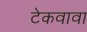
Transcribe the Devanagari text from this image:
टेकवावा